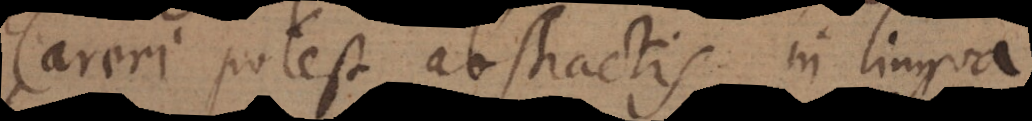
Careri potest abstractis in lingua